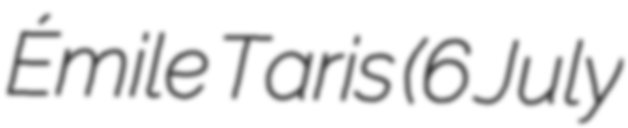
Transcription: Émile Taris (6 July